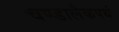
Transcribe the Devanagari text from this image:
चण्डालैकपथं